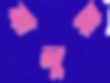
বালুয়া